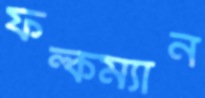
ফল্কম্যান